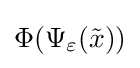
\Phi (\Psi _{\varepsilon }({\tilde {x}}))